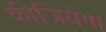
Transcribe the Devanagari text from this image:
कीजियेगा